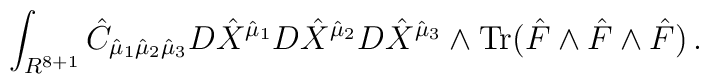
\int_{R^{8+1}} {\hat C}_{{\hat \mu}_1{\hat \mu}_2{\hat \mu}_3}D{\hat X}^{{\hat \mu}_1}D{\hat X}^{{\hat \mu}_2}D{\hat X}^{{\hat \mu}_3}\wedge {\rm Tr}({\hat F}\wedge {\hat F}\wedge {\hat F})\, .